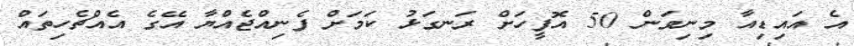
އެ އައިޑިއާ މިނިވަން 50 އޮފީހަށް ރަނގަޅު ކަމަށް ފެނިއްޖެއްޔާ އޭގެ އެއްޗެހިތައް